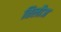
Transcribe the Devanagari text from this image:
तिलौज